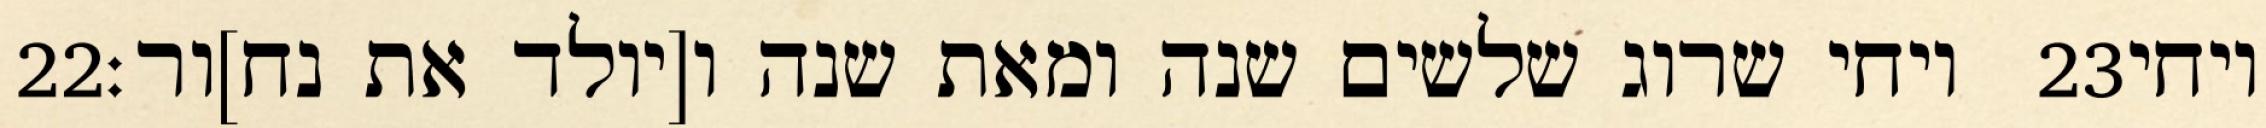
‎22‏ ויחי שרוג שלשים שנה ומאת שנה ו[יולד את נח]ור׃ ‎23‏ ויחי